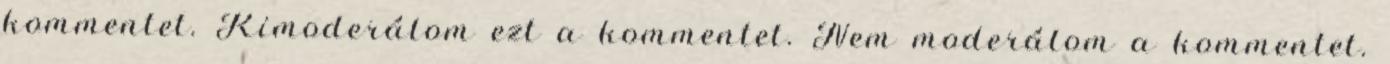
kommentet. Kimoderálom ezt a kommentet. Nem moderálom a kommentet.